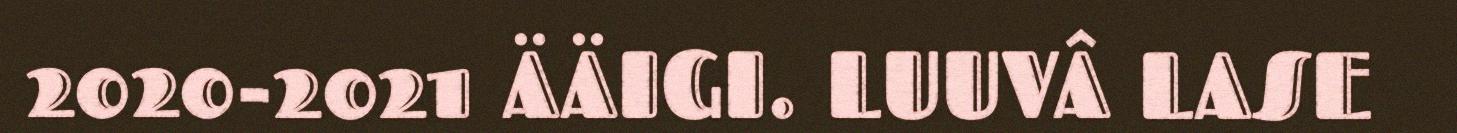
2020-2021 ÄÄIGI. LUUVÂ LASE